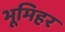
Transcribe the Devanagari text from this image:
भूमिहर